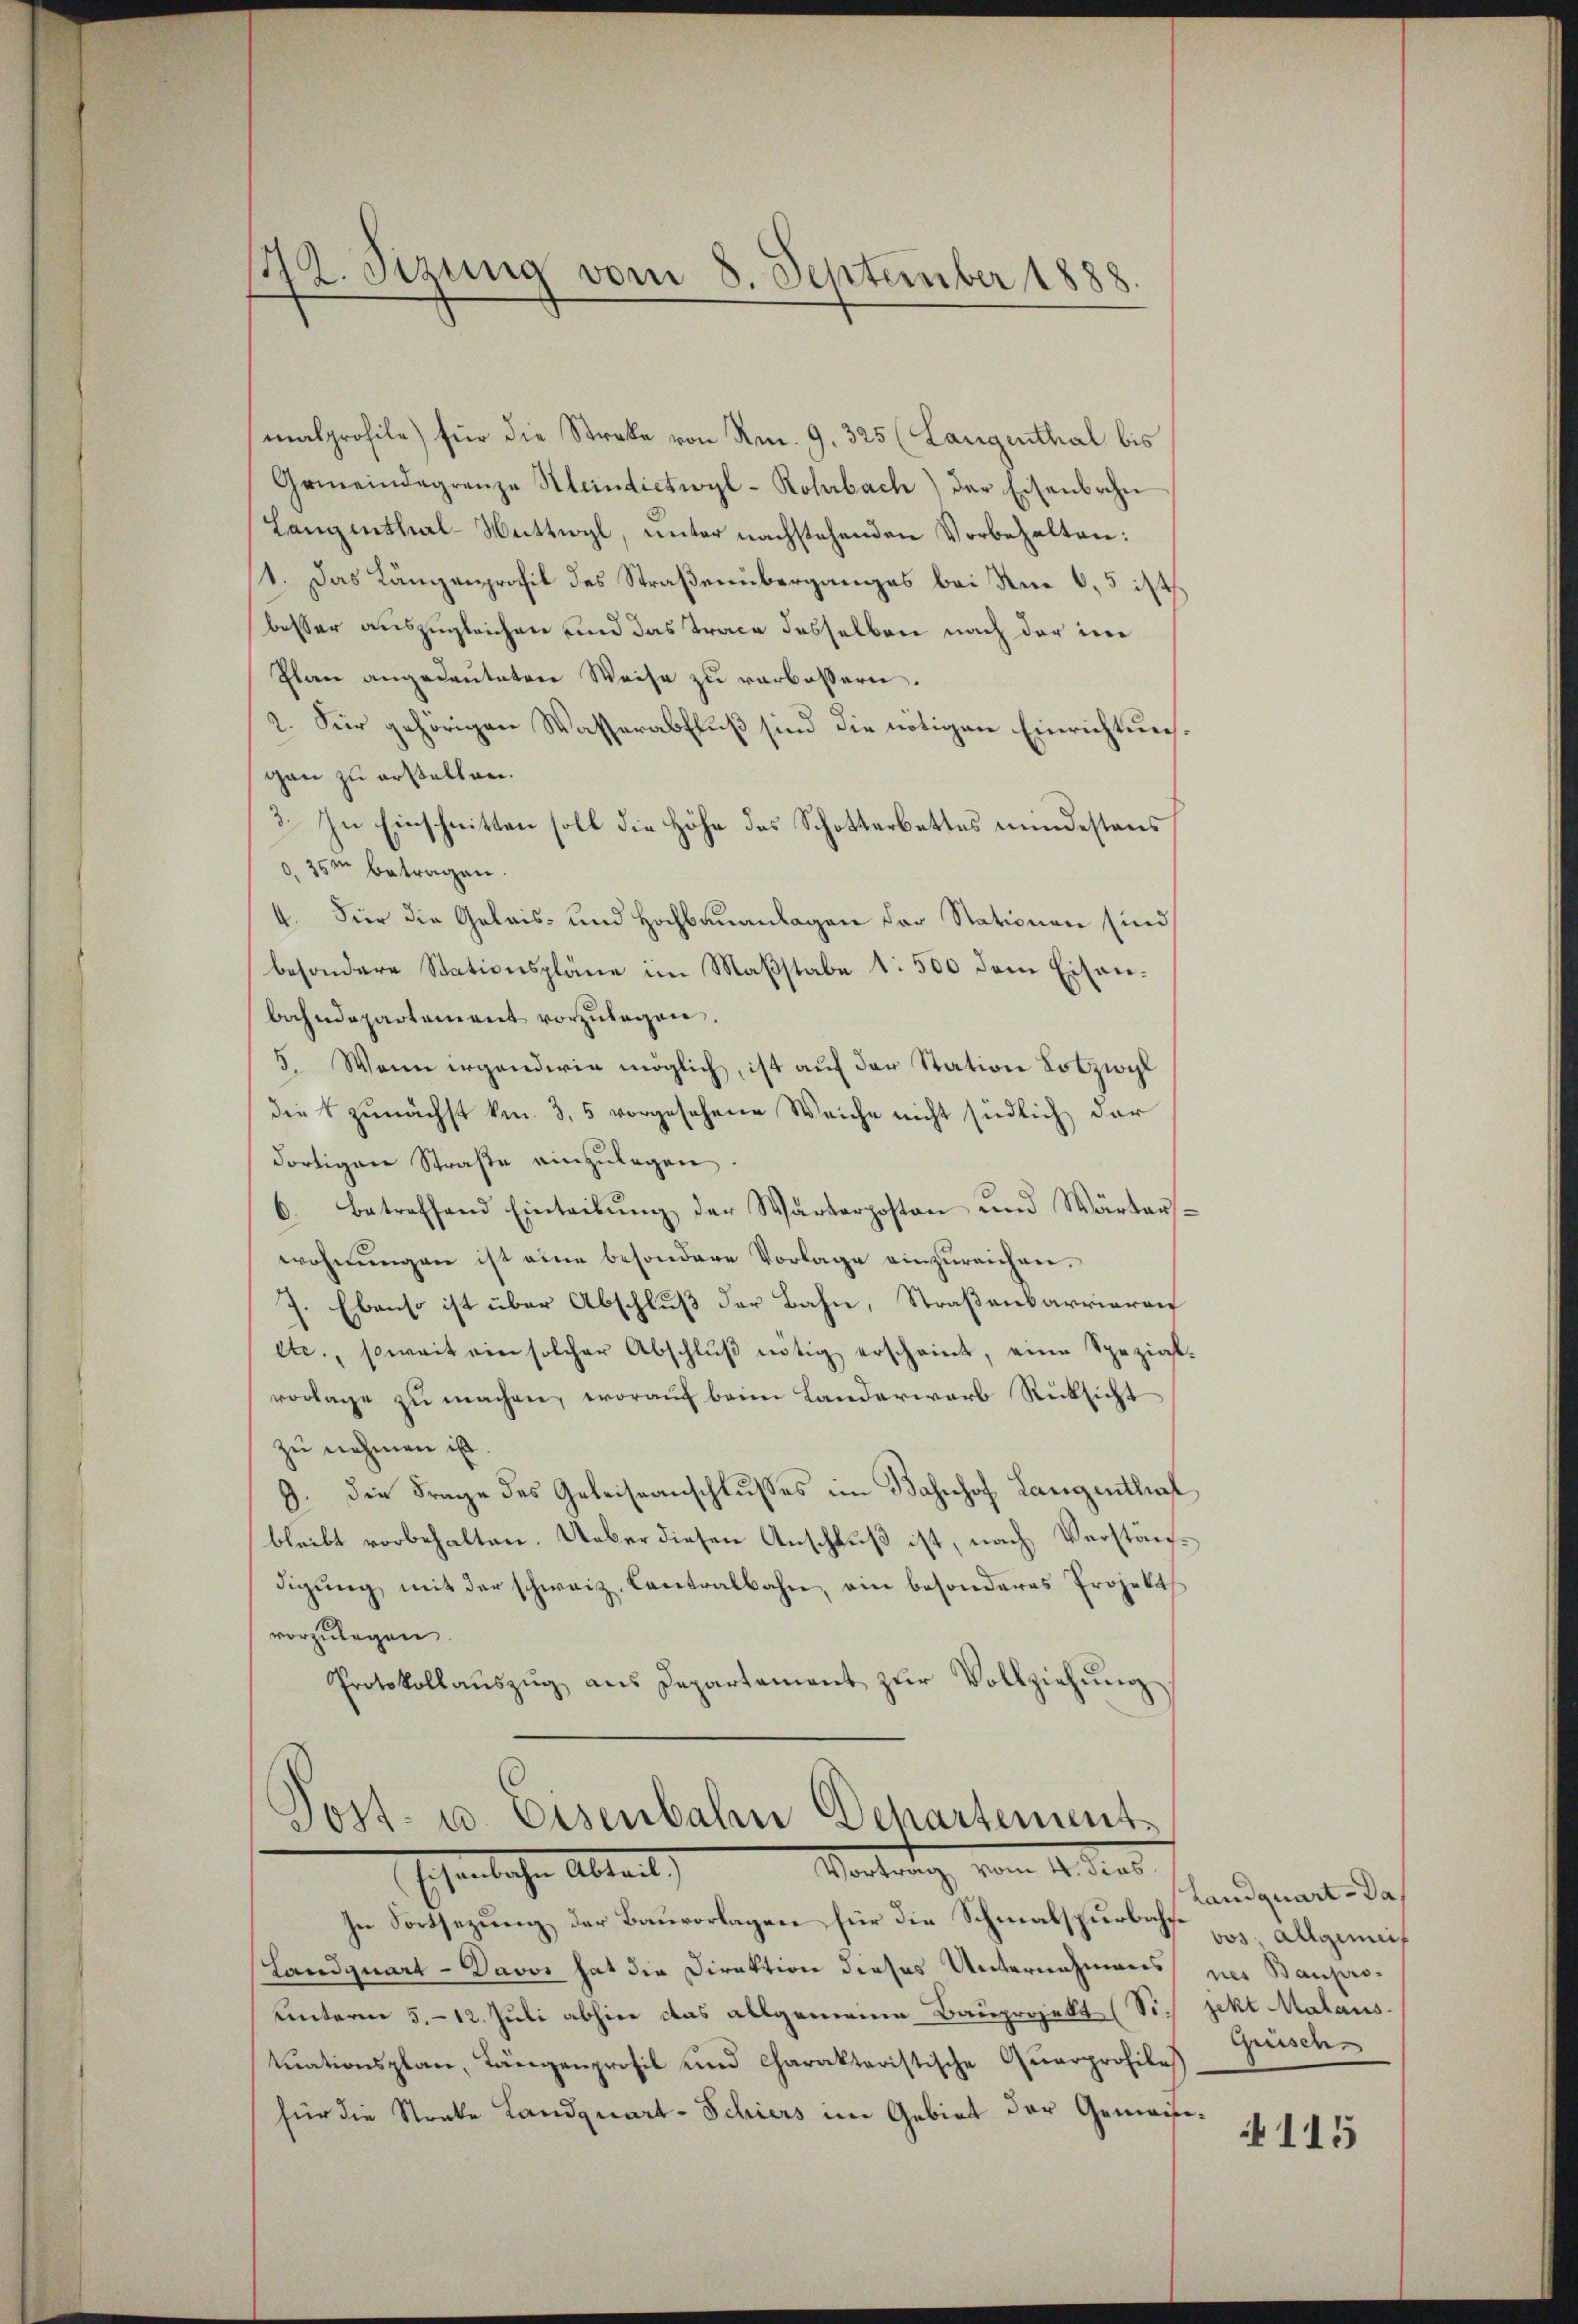
malprofile) für die Streke von Nr. 9. 325 (Langenthal bis
Gemeindegrenze Meindietwyl- Rohrbach) der Eisenbahn
Langenthal-Wattwyl, unter nachstehenden Vorbehalten:
1. Das Längenprofil des Straßenüberganges bei Am 0,5 ist
besser auszugleichen und das Trace desselben nach der in
Plan angedeuteten Weise zu verbessern.
2. Für gehörigen Wasserabfluß sind die nötigen Einrichtunggan zu erstellen.
3. In Einschnitten soll die Höhe des Schotterbettes mindestens
35m betragen.
4. Für die Gelais- und Hochbauanlagen der Stationen sind
besondere Stationspläne im Maβstabe 1: 500 dem Eisen-
bahndepartement vorzŭlegen.
5. Wenn irgenderie möglich, ist auf der Station Lotzwil
die zunächst kn. 3, 5 vorgesehene Weiche nicht südlich der
dortigen Straße einzulegen.
6. betreffend Eintribŭng der Wärterposten und Wärters-
wohnungen ist eine besondere Vorlage einzureichnen.
7. Ebenso ist über Abschluß der Bahn, Straßenbarrieren
etc., soweit ein solcher Abschlŭβ nötig erscheint, eine Spezial-
vorlage zŭ machen, woraŭf beim Landerwarb Rücksicht
zu nehmen ist.
9. die Frage des Geleiseanschlusses im Bahnhof Langenthal
bleibt vorbehalten. Ueber diesen Anschluß ist, nach Verständigŭng mit der schweiz. Contralbahn, ein besonderes Projekts
vorzulegen.
Protokollaŭszŭg ans Departement zŭr Vollziehŭng

172. Sizung vom 8. September 1888.

Post- u. Eisenbahn Departement
Vortrag, vom 14. des
Esenliche Abteil

In Fortsezung der Bauvorlagen für die Schmalspurbahne
Landquart - Davos hat die Direktion dieses Unternahmens der Baupro-
unterm 5. 12. Juli abhier das allgemeine Bauprojekt (Sich jekt Malaus-
tuationsplan, Längenprofil und charakteristische Quarprofile
für die Streke Landquart-Schiers im Gebiet der Gemein¬

Landquart - das
vos. Allgemeis
Grüsch

115